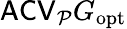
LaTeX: \mathsf{ACV}_{\mathcal P}G_{\mathrm{opt}}